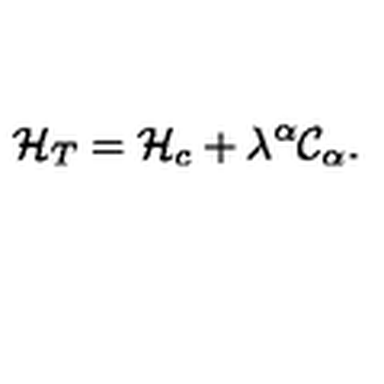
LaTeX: { \cal H } _ { T } = { \cal H } _ { c } + \lambda ^ { \alpha } { \cal C } _ { \alpha } .